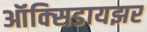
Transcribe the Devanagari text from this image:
ऑक्‍सिडायझर